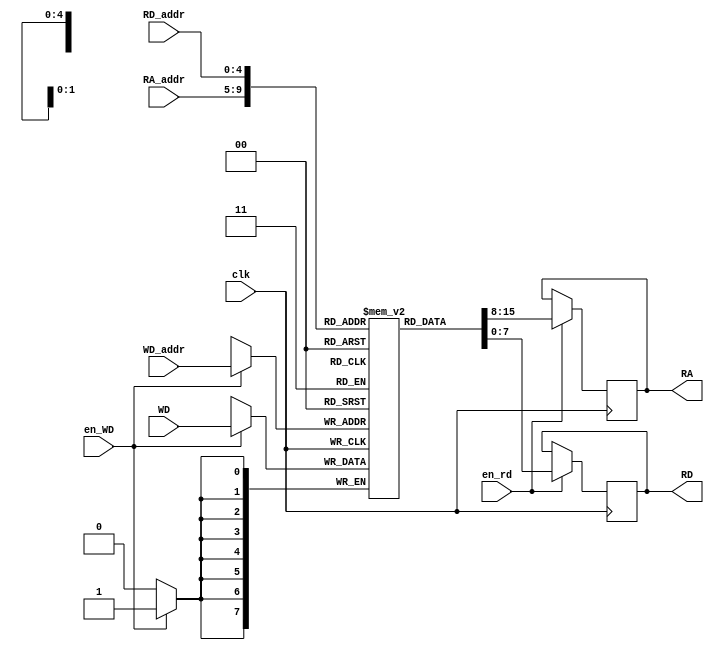
`timescale 1ns / 1ps
/* 
The register file contains 32 general purpose registers of 8 bits each.
These registers have direct access to the ALU. These registers are used to supply operands to the ALU for operations. 
The register file also acts as an intermediate memory location during data memory transactions.
*/

module Register_File(clk, RA_addr, RD_addr, en_rd, en_WD, WD_addr, RA, RD, WD);

  input            clk;
  input      [4:0] RA_addr;                     //Operand_1 address
  input      [4:0] RD_addr;                     //Operand_2 address
  input      [4:0] WD_addr;                     //Destination address
  input      [7:0] WD;                          //Destination data
  input            en_rd;                       //read enable
  input            en_WD;                       //write enable for Destination
  output reg [7:0] RD;                          //Operand_2 data
  output reg [7:0] RA;                          //Operand_1 data

  reg        [7:0] register_file [31:0];	    //32 registers of 8 bits each

  reg        [5:0] j;

  initial 
  begin
    for(j=0; j<32; j=j+1)
    begin:loop
     register_file[j]=j;	                   //initialising the register file with dummy data
    end
  end

  always@(posedge clk)
  begin
    if(en_rd)
    begin
      RA <= register_file[RA_addr];	          // Operand 1
      RD <= register_file[RD_addr];	          // Operand 2
    end
	
    if(en_WD)
      register_file[WD_addr] <= WD;	         //The result of ALU operation is stored in this location
	  
  end

endmodule